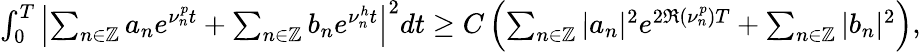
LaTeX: \begin{array}{r}{\int_{0}^{T}\left|\sum_{n\in\mathbb Z}a_{n}e^{\nu_{n}^{p}t}+\sum_{n\in\mathbb Z}b_{n}e^{\nu_{n}^{h}t}\right|^{2}dt\geq C\left(\sum_{n\in\mathbb Z}|a_{n}|^{2}e^{2\Re(\nu_{n}^{p})T}+\sum_{n\in\mathbb Z}|b_{n}|^{2}\right),}\end{array}